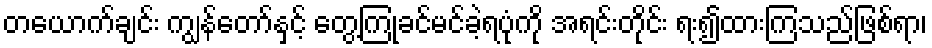
တယောက်ချင်း ကျွန်တော်နှင့် တွေ့ကြုံခင်မင်ခဲ့ရပုံကို အရင်းတိုင်း ရး၍ထားကြသည်ဖြစ်ရာ၊